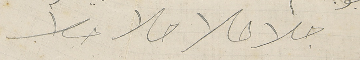
جالا حالا حالا حالا